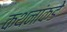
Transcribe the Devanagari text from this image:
कथनांकडे